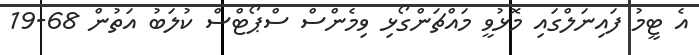
އެ ޓީމު ފައިނަލްގައި މޮޅުވީ މައްޗަންގޯޅި ވިމެންސް ސްޕޯޓްސް ކުލަބު އަތުން 68-19